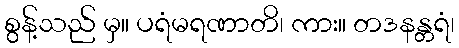
စွန့်သည် မှ။ ပရံမရဏာတိ၊ ကား။ တဒနန္တရံ၊